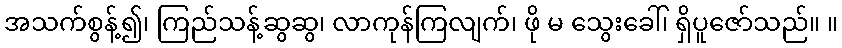
အသက်စွန့်၍၊ ကြည်သန့်ဆွဆွ၊ လာကုန်ကြလျက်၊ ဖို မ သွေးခေါ်၊ ရှိပူဇော်သည်။ ။